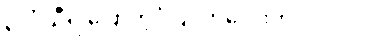
ဒေါ် သီရိ ပြောတဲ့ပုံပြင်ကလေးက ဒါပါပဲ။